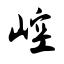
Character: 崆